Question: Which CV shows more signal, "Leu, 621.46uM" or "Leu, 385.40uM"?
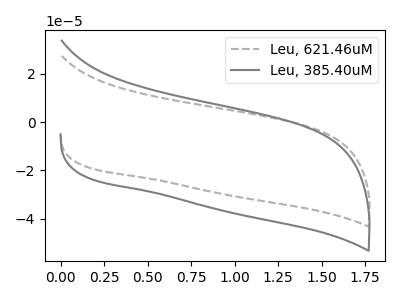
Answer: <think>The gray dashed curve "Leu, 621.46uM" has no peaks. The gray curve "Leu, 385.40uM" has no peaks.
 Neither "Leu, 621.46uM" or "Leu, 385.40uM" have any peaks.</think>
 <answer>I cant tell if "Leu, 621.46uM" or "Leu, 385.40uM" has more signal.</answer>
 <eval>mixed_signal</eval>